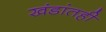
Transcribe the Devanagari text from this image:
खंडांतही